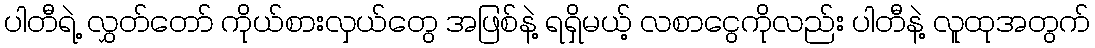
ပါတီရဲ့ လွှတ်တော် ကိုယ်စားလှယ်တွေ အဖြစ်နဲ့ ရရှိမယ့် လစာငွေကိုလည်း ပါတီနဲ့ လူထုအတွက်